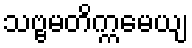
သဗ္ဗမတိက္ကမေယျ